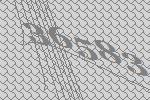
36583